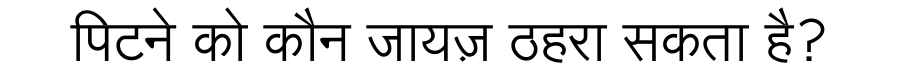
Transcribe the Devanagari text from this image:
पिटने को कौन जायज़ ठहरा सकता है?